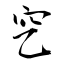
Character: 穵